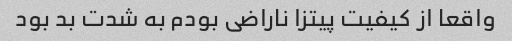
واقعا از کیفیت پیتزا ناراضی بودم به شدت بد بود